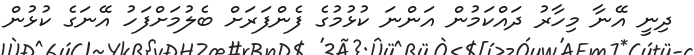
ދިނީ އޭނާ މިހާރު ދައްކަމުން އަންނަ ކުޅުމުގެ ފެންފަރަށް ބެލުމަށްފަހު އޭނަގެ ކުޅުން